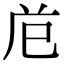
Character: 𭘊